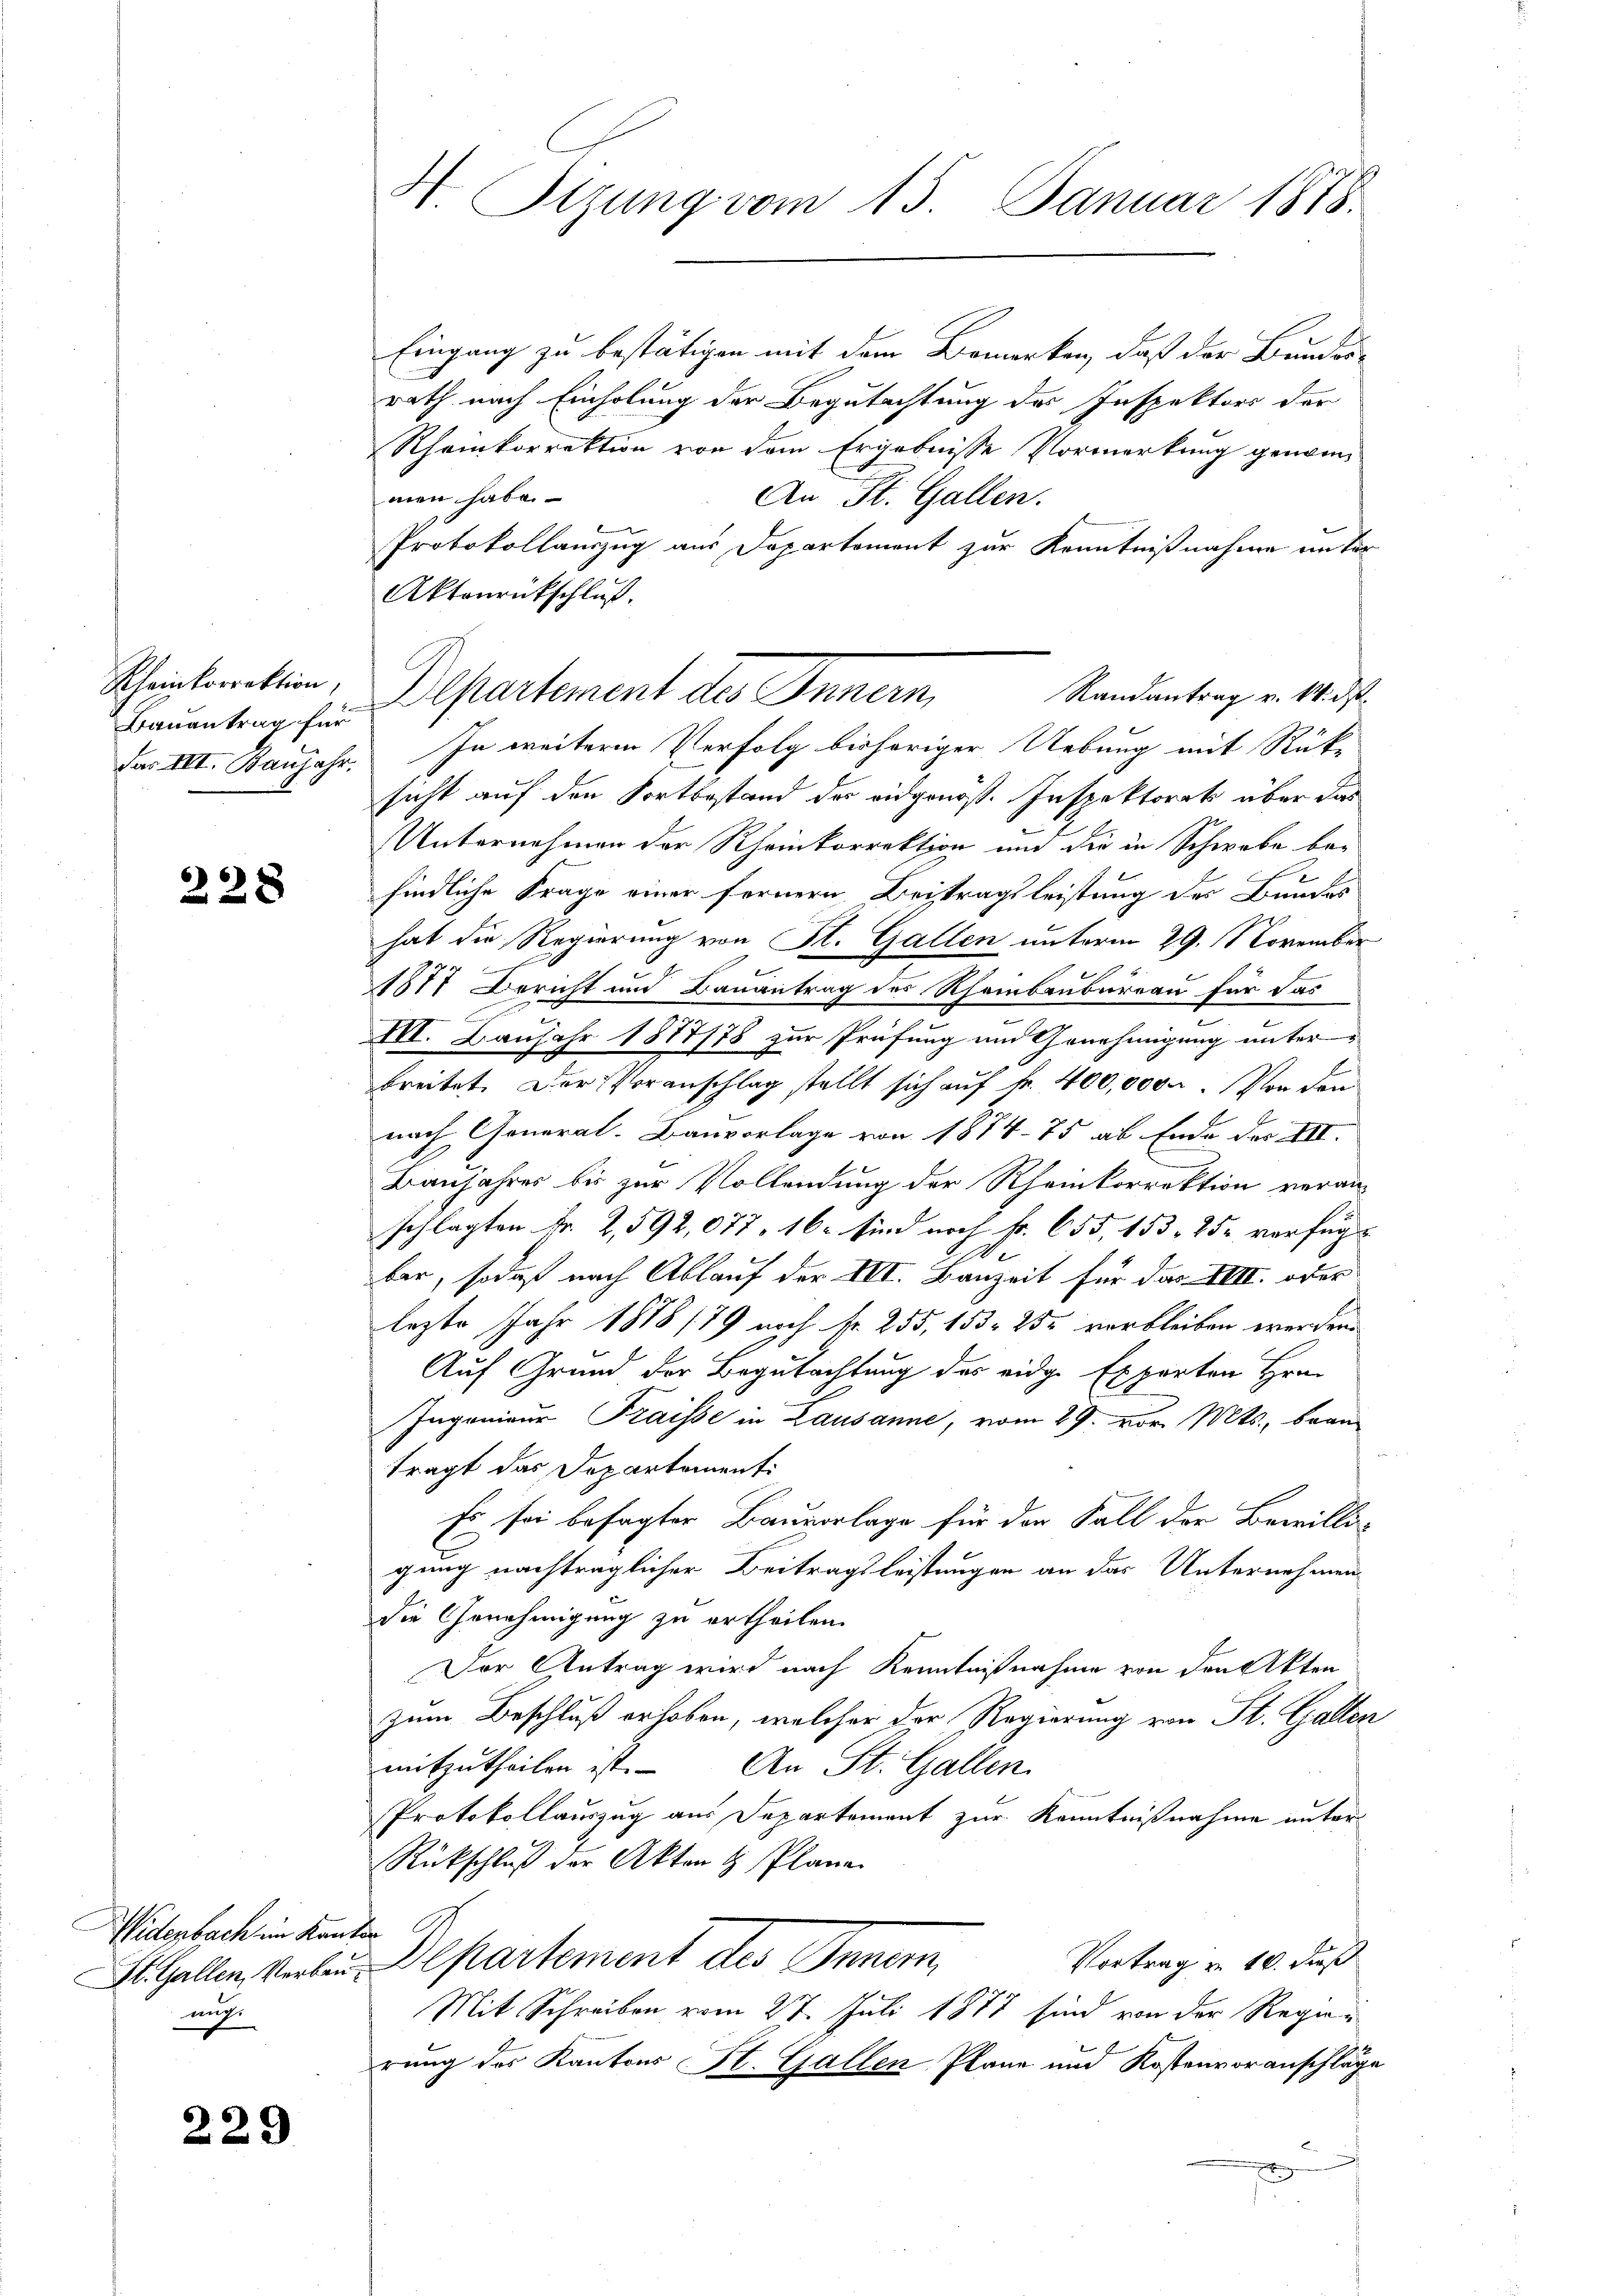
Bauantrag für

228

Widerbach im Kanton
muss.

d

229

Eingang zu bestätigen mit dem Bemerken, daß der Bundes-
rath nach Einholung der Begutachtung des Inspektors der
Rheinkorrektion von dem Ergebnisse Vormerkung genommen habe.
An St. Gallen.
Protokollauszug aus Departement zur Kenntnißnahme in Ter
Aktenrückschluß.
Das III. Banjahr. In weitere Verfolg bisheriger Uebung mit Rücksicht auf den Fortbestand des eidgenöß. Inspektorats über das
Unternehmen der Rheinkorrektion und die in Schwebe be-
findliche Frage einer fernern, Beitragsleistung des Bundes
hat die Regierung von K. Gallen unterm 29. November
1817 Bericht und Bauantrag des Rheinbauburgau für das
IVI. Baujahr 1877/78 zur Prüfung um Genehmigung unter
breitet. Der Voranschlag stellt sich auf kr. 400,0000. Von den
nach General-Bauvorlage von 1874. 75 ab Ende des III.
Banjahres bis zur Vollendung der Rheinkorrektion veran-
schlagten Fr. 2,592,077, 16. sind noch Fr. 655, 153. 25 verfügt
Ae
ber, sodaß nach Ablauf der III. Bauzeit für das VIII. oder
lezte Jahr 1878 (79 noch fr. 255, 153. 252 verbleiben werden.
Auf Grund der Begutachtung des eidge Experten Hrn.
Ingenieur Fraisse in Lausanne, vom 29. vor. Mts., bran
tragt das Departement:
Es sei besagter Bauvorlage für der Fall der Bewilli-
gung nachträglicher Beitragsleistungen an das Unternehmen
die Genehmigung zu ertheilen.
Der Antrag wird nach Kenntnißnahme von den Akten
zum Beschluß erhoben, welcher der Regierung von St. Gallen
mitzutheilen ist. An St. Gallen
Protokollauszug aus Departement zur Kenntnißnahme unter
Rückschluß der Akten & Plane
Vortrag u. 10. daß
St. Gallen Vorben Departement des Inner
Mit Schreiben vom 27. Juli 1877 sind von der Regier
rung des Kantons St. Gallen Plane und Kostenvoranschläge
g

H. Sitzung vom 15. Januar 1878.

Scheintorektion, Departement des Innern,
Randantrag v. M. ds.